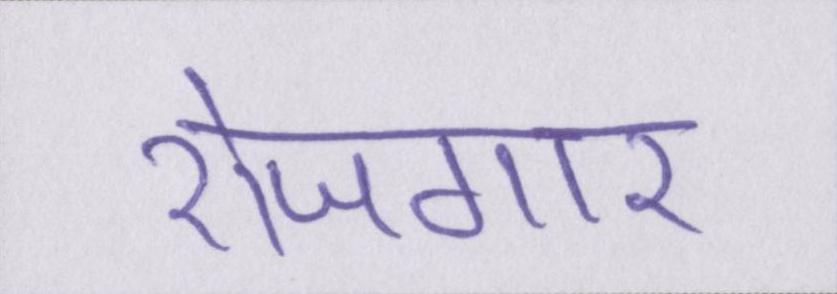
रोजगार